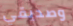
وصديقي